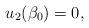
LaTeX: \begin{align*} u_2(\beta_0)=0,\end{align*}